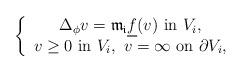
LaTeX: \begin{align*} \left\{\begin{array}{c} \Delta_\phi v=\mathfrak{m_i}\underline{f}(v)\ \mbox{in}\ V_i,\\v\geq 0\ \mbox{in}\ V_i,\ v=\infty\ \mbox{on}\ \partial V_i,\end{array}\right.\end{align*}